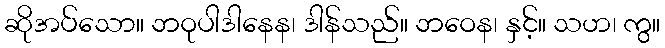
ဆိုအပ်သော။ ဘဝုပါဒါနေန၊ ဒါန်သည်။ ဘဝေန၊ နှင့်။ သဟ၊ ကွ။